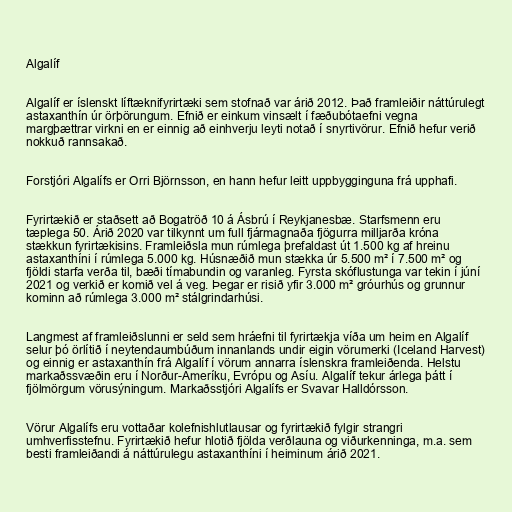
Algalíf

Algalíf er íslenskt líftæknifyrirtæki sem stofnað var árið 2012. Það framleiðir náttúrulegt
astaxanthín úr örþörungum. Efnið er einkum vinsælt í fæðubótaefni vegna
margþættrar virkni en er einnig að einhverju leyti notað í snyrtivörur. Efnið hefur verið
nokkuð rannsakað.

Forstjóri Algalífs er Orri Björnsson, en hann hefur leitt uppbygginguna frá upphafi.

Fyrirtækið er staðsett að Bogatröð 10 á Ásbrú í Reykjanesbæ. Starfsmenn eru
tæplega 50. Árið 2020 var tilkynnt um full fjármagnaða fjögurra milljarða króna
stækkun fyrirtækisins. Framleiðsla mun rúmlega þrefaldast út 1.500 kg af hreinu
astaxanthíni í rúmlega 5.000 kg. Húsnæðið mun stækka úr 5.500 m² í 7.500 m² og
fjöldi starfa verða til, bæði tímabundin og varanleg. Fyrsta skóflustunga var tekin í júní
2021 og verkið er komið vel á veg. Þegar er risið yfir 3.000 m² gróurhús og grunnur
kominn að rúmlega 3.000 m² stálgrindarhúsi.

Langmest af framleiðslunni er seld sem hráefni til fyrirtækja víða um heim en Algalíf
selur þó örlítið í neytendaumbúðum innanlands undir eigin vörumerki (Iceland Harvest)
og einnig er astaxanthín frá Algalíf í vörum annarra íslenskra framleiðenda. Helstu
markaðssvæðin eru í Norður-Ameríku, Evrópu og Asíu. Algalíf tekur árlega þátt í
fjölmörgum vörusýningum. Markaðsstjóri Algalífs er Svavar Halldórsson.

Vörur Algalífs eru vottaðar kolefnishlutlausar og fyrirtækið fylgir strangri
umhverfisstefnu. Fyrirtækið hefur hlotið fjölda verðlauna og viðurkenninga, m.a. sem
besti framleiðandi á náttúrulegu astaxanthíni í heiminum árið 2021.